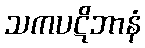
သကပဋိဘာနံ